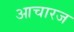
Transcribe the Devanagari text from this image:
आचारज